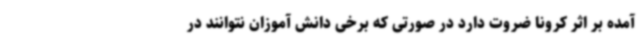
آمده بر اثر کرونا ضروت دارد در صورتی که برخی دانش آموزان نتوانند در